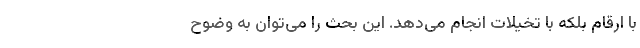
با ارقام بلکهِ با تخیلات انجام می­دهد. این بحث را می­توان به وضوح